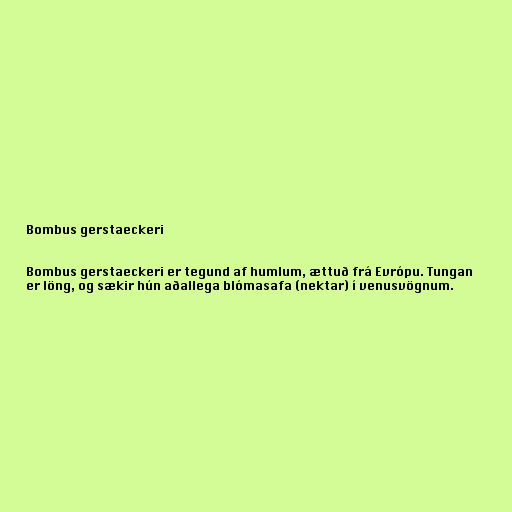
Bombus gerstaeckeri

Bombus gerstaeckeri er tegund af humlum, ættuð frá Evrópu. Tungan
er löng, og sækir hún aðallega blómasafa (nektar) í venusvögnum.